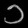
Digit: ၁